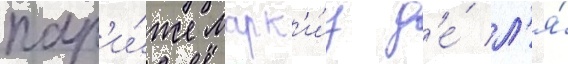
пар'и́же марк'и́з д'е́ л'я́